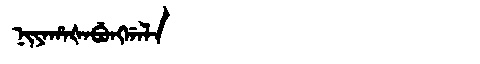
Manchu: ᠨᡳᠶᠠᡥᠠᡧᠠᠪᡠᠩᡤᠠᠯᠠ
Romanization: NIYAHAŠABUNGGALA